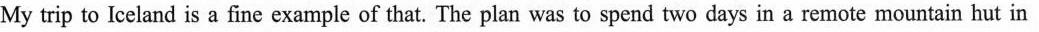
My trip to Iceland is a fine example of that. The plan was to spend two days in a remote mountain hut in